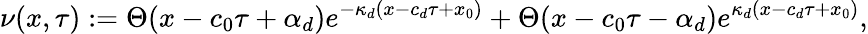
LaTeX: \nu(x,\tau):=\Theta(x-c_{0}\tau+\alpha_{d})e^{-\kappa_{d}(x-c_{d}\tau+x_{0})}+\Theta(x-c_{0}\tau-\alpha_{d})e^{\kappa_{d}(x-c_{d}\tau+x_{0})},